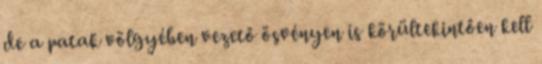
de a patak völgyében vezető ösvényen is körültekintően kell